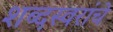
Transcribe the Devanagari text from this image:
शब्दस्वरांचे